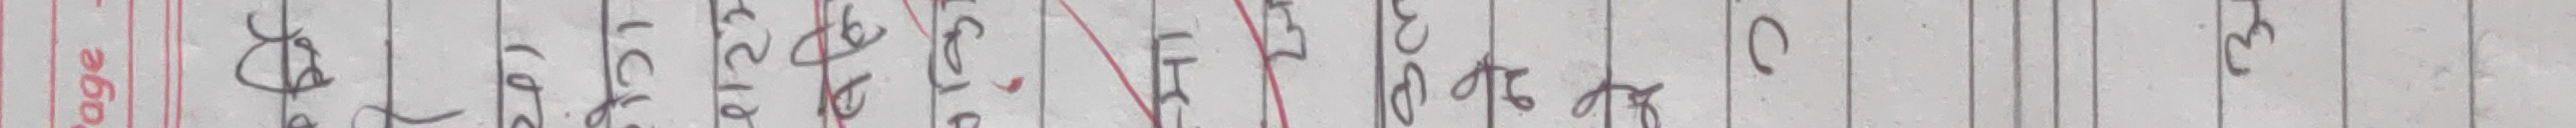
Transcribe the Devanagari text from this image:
काटामा
-२१८
९१८.
३०८०
३०६० ३